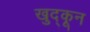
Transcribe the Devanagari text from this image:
खुद्कून